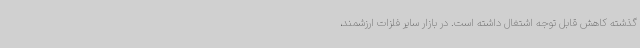
گذشته کاهش قابل توجه اشتغال داشته است. در بازار سایر فلزات ارزشمند،